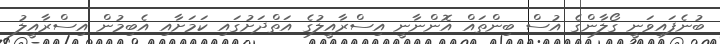
ބުނެފައިވަނީ ގޯލާންގެ އުސް ބިންތައް އޮންނާނީ އިސްރާއީލުގެ އަތްދަށުގައި ކަމަށާއި އެބިމުން އިސްރާއީލު